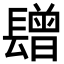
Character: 𨲯